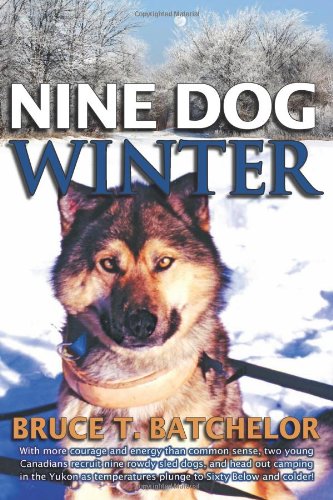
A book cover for Nine Dog Winter: In 1980, Two Young Canadians Recruited Nine Rowdy Sled Dogs, and Headed Out Camping in the Yukon as Temperatures Plung; Bruce T. Batchelor; Biographies & Memoirs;